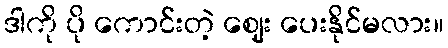
ဒါကို ပို ကောင်းတဲ့ ဈေး ပေးနိုင်မလား။